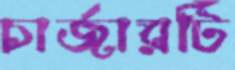
চার্জারটি